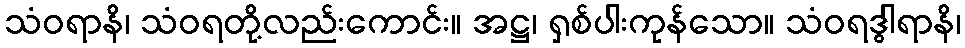
သံဝရာနိ၊ သံဝရတို့လည်းကောင်း။ အဋ္ဌ၊ ရှစ်ပါးကုန်သော။ သံဝရဒွါရာနိ၊